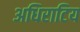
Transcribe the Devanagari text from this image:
अधिराटिय